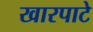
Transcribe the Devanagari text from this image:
खारपाटे